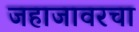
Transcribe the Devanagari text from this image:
जहाजावरचा